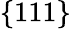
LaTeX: \{ 111\}